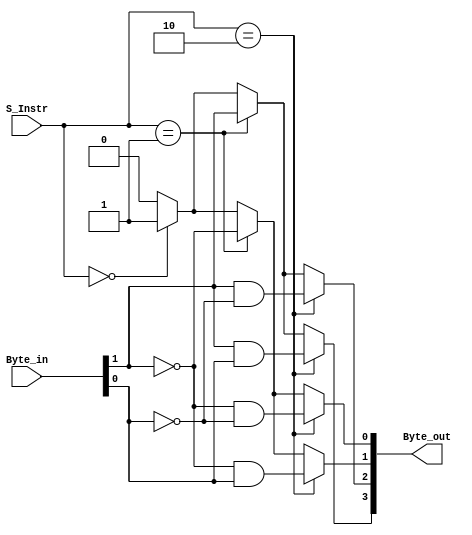
`timescale 1ns / 1ps
//////////////////////////////////////////////////////////////////////////////////
// Company: 
// Engineer: 
// 
// Design Name: 
// Module Name:    BE 
// Project Name: 
// Target Devices: 
// Tool versions: 
// Description: 
//
// Dependencies: 
//
// Revision: 
// Revision 0.01 - File Created
// Additional Comments: 
//
//////////////////////////////////////////////////////////////////////////////////
`define SW 3'b000
`define SH 3'b001
`define SB 3'b010
module BE(Byte_in, S_Instr, Byte_out);
	input [1:0] Byte_in;
	input [2:0] S_Instr;
	output [3:0] Byte_out;
	
	assign Byte_out[3] = (S_Instr == `SB)? Byte_in[1] && Byte_in[0]:
								(S_Instr == `SH)? Byte_in[1]:
								(S_Instr == `SW)? 1'b1:
															1'b0;
	assign Byte_out[2] = (S_Instr == `SB)? Byte_in[1] && ~Byte_in[0]:
								(S_Instr == `SH)? Byte_in[1]:
								(S_Instr == `SW)? 1'b1:
															1'b0;
	assign Byte_out[1] = (S_Instr == `SB)? ~Byte_in[1] && Byte_in[0]:
								(S_Instr == `SH)? ~Byte_in[1]:
								(S_Instr == `SW)? 1'b1:
															1'b0;
	assign Byte_out[0] = (S_Instr == `SB)? ~Byte_in[1] && ~Byte_in[0]:
								(S_Instr == `SH)? ~Byte_in[1]:
								(S_Instr == `SW)? 1'b1:
															1'b0;
endmodule